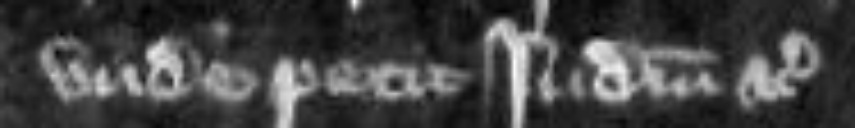
unde petit judicium etc